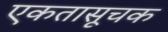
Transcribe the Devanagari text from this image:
एकतासूचक